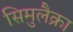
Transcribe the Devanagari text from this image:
सिमुलैक्रा